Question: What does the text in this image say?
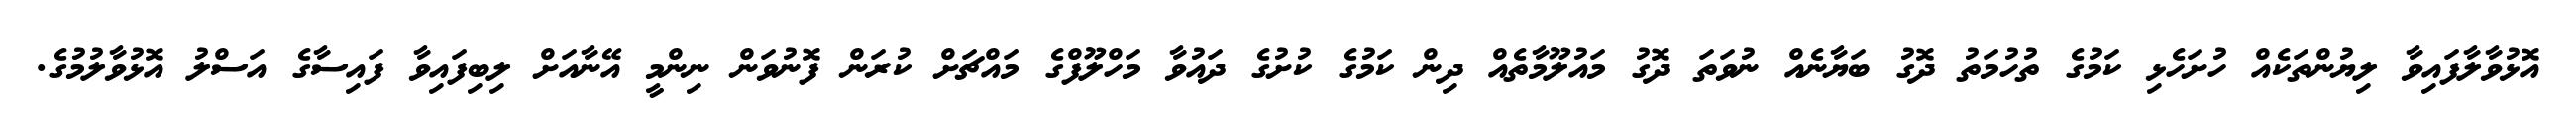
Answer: އޮޅުވާލާފައިވާ ލިޔުންތަކެއް ހުށަހެޅި ކަމުގެ ތުހުމަތު ދޮގު ބަޔާނެއް ނުވަތަ ދޮގު މައުލޫމާތެއް ދިން ކަމުގެ ކުށުގެ ދައުވާ މަހްލޫފްގެ މައްޗަށް ކުރަން ފޮނުވަން ނިންމީ އޭނާއަށް ލިބިފައިވާ ފައިސާގެ އަސްލު އޮޅުވާލުމުގެ.